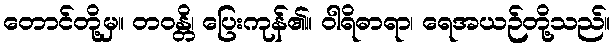
တောင်တို့မှ။ တဝန္တိ၊ ပြေးကုန်၏။ ဝါရိဓာရာ၊ ရေအယဉ်တို့သည်။